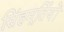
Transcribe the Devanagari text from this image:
सिंहमूर्तियों